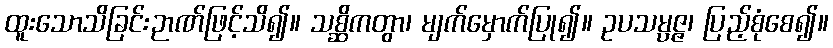
ထူးသောသိခြင်းဉာဏ်ဖြင့်သိ၍။ သစ္ဆိကတွာ၊ မျက်မှောက်ပြု၍။ ဥပသမ္ပဇ္ဇ၊ ပြည့်စုံစေ၍။